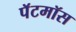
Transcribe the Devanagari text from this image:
पॅटमॉस